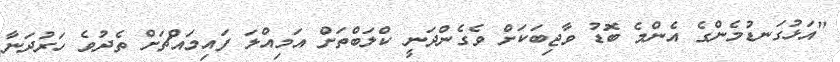
"އަޅުގަނޑުމެންގެ އެންމެ ބޮޑު ވާޖިބަކަށް ވެގެންދަނީ ކްލަބްތަށް އަމިއްލަ ފައިމައްޗަށް ތެދުވެ ހަރުދަނާ